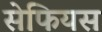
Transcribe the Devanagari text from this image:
सेफियस